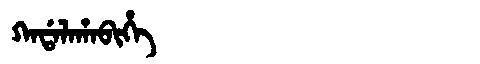
Manchu: ᡴᠠᡩᠠᠯᠠᡥᠠᠪᡳᡥᡝ
Romanization: KADALAHABIHE